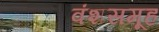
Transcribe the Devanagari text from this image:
वंशसमूह